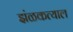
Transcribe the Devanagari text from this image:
झंळकत्याल